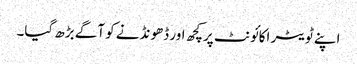
اپنے ٹویٹر اکائونٹ پرکچھ اور ڈھونڈنے کو آگے بڑھ گیا۔